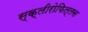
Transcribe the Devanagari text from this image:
स्क्लीरोफिल्लस